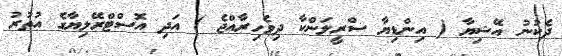
ދެކުނު އޭޝިޔާ ( އިންޑިޔާ ސްރީލަންކާ ދިވެހިރާއްޖެ ) އަދި އޮސްޓްރޭލިޔާގެ އުތުރު